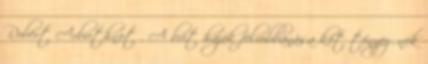
Robert Arbuthnot . A brit hajók felrobbanása két tényezőnek